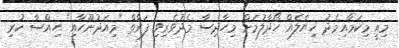
މިއީ މިކަމާއިމެދު ޚިޔާލެއް ހޯދާލުމަށް މިހާދިސާ މެދުވެރިވި ފަރާތް "މިއަދުނޫހާއި" ޙިއްސާ ކުރި